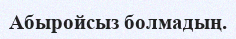
Абыройсыз болмадың.